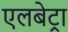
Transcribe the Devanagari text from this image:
एलबेट्रा